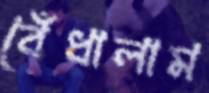
বেঁধালাম